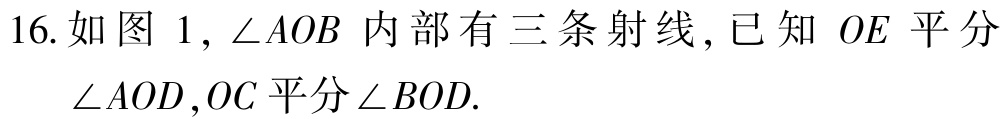
16. 如图 1, \(\angle AOB\) 内部有三条射线, 已知 \(OE\) 平分

\(\angle AOD\),\(OC\) 平分\(\angle BOD\).